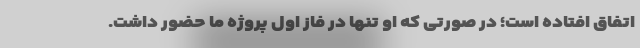
اتفاق افتاده است؛ در صورتی که او تنها در فاز اول پروژه ما حضور داشت.